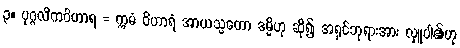
၃။ ပုဂ္ဂလိကဝိဟာရ = ဣမံ ဝိဟာရံ အာယသ္မတော ဒမ္မိဟု ဆို၍ အရှင်ဘုရားအား လှူပါ၏ဟု